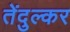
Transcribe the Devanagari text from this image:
तेंदुल्कर